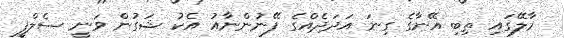
މާލޭގައި ތިބި އޭނާގެ ގިނަ އަދަދެއްގެ ފޭނުންނާއު އެކު ޝަގުން ވަނީ ސެލްފީ